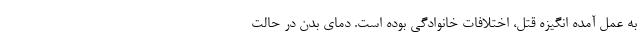
به عمل آمده انگیزه قتل، اختلافات خانوادگی بوده است. دمای بدن در حالت